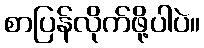
စာပြန်လိုက်ဖို့ပါပဲ။